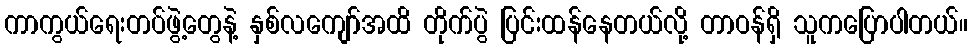
ကာကွယ်ရေးတပ်ဖွဲ့တွေနဲ့ နှစ်လကျော်အထိ တိုက်ပွဲ ပြင်းထန်နေတယ်လို့ တာဝန်ရှိ သူကပြောပါတယ်။